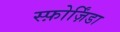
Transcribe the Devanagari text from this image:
स्फ़ोर्ज़िंडा